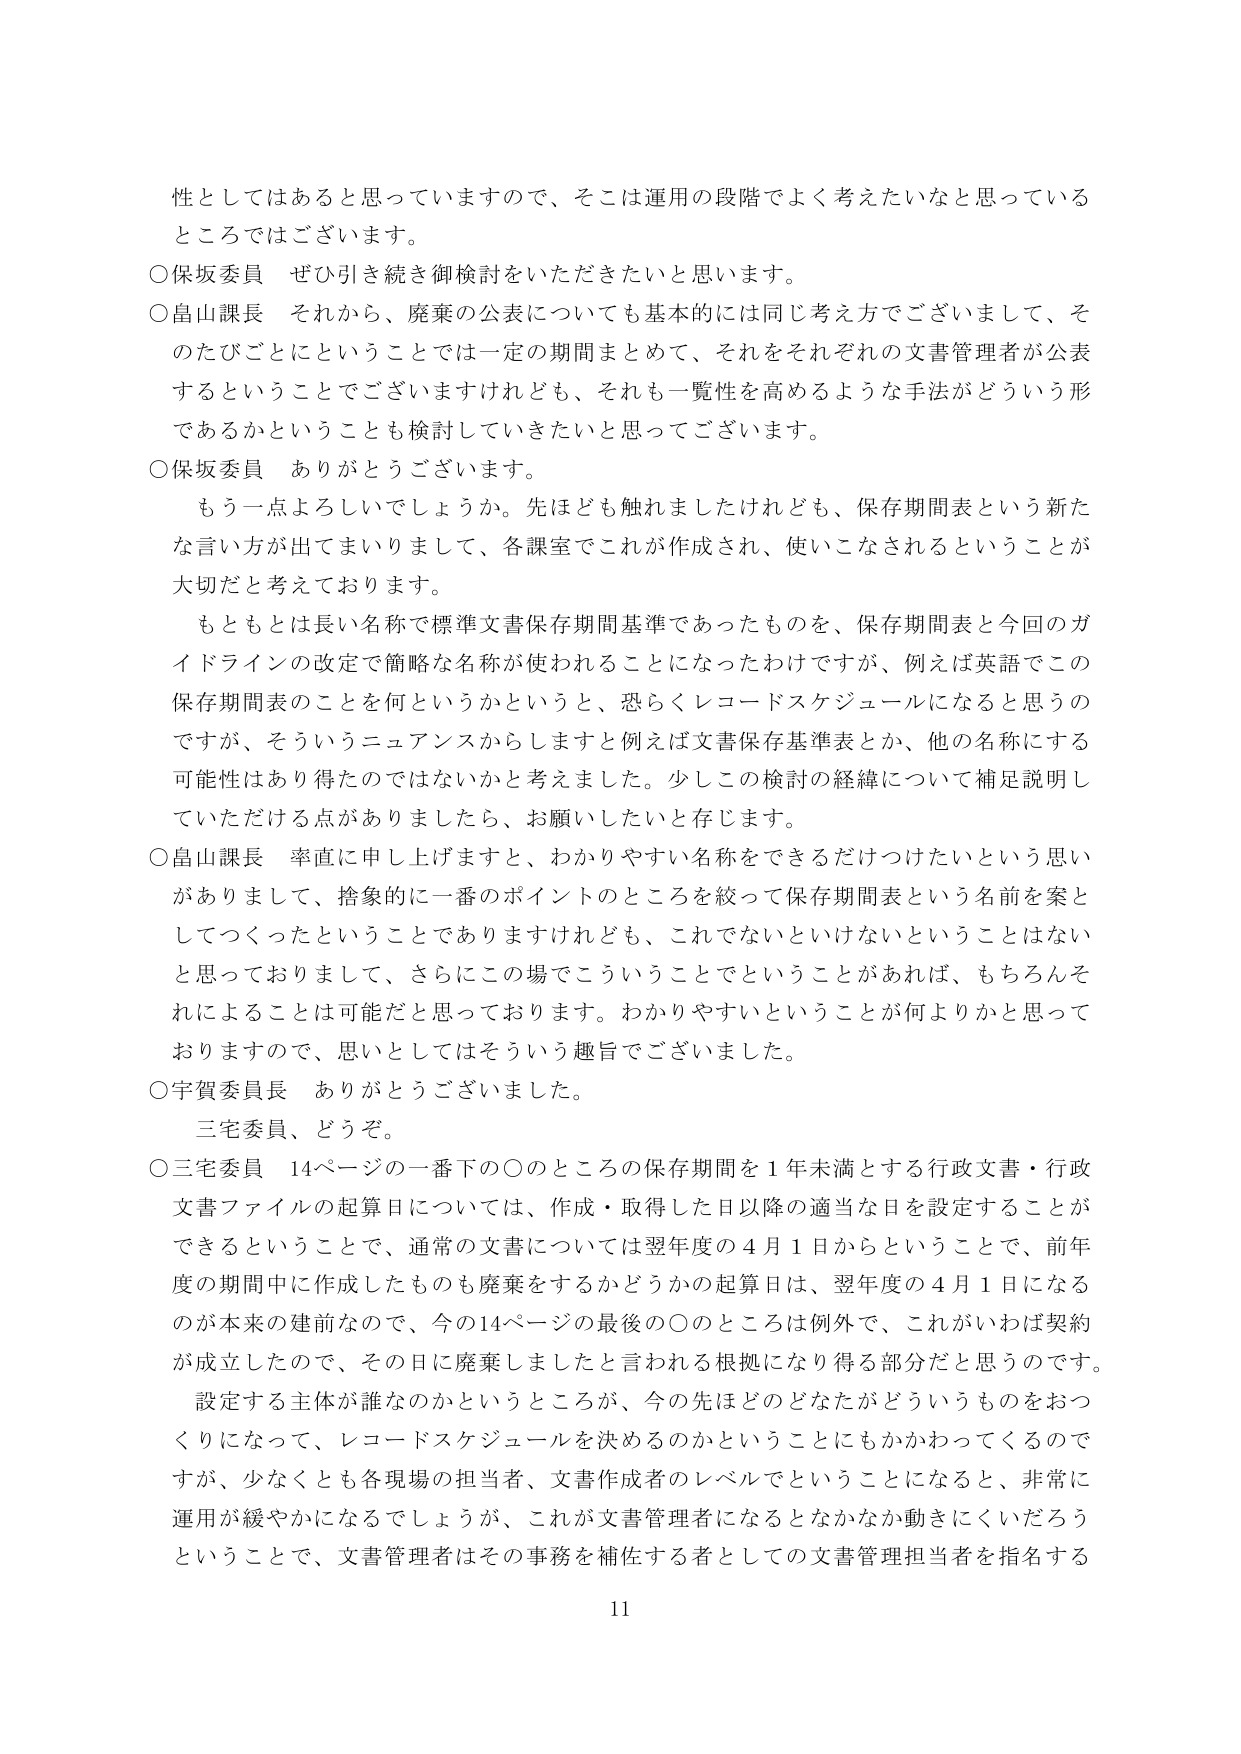
性としてはあると思っていますので、そこは運用の段階でよく考えたいなと思っているところではございます。

○保坂委員　ぜひ引き続き御検討をいただきたいと思います。

○畠山課長　それから、廃棄の公表についても基本的には同じ考え方でございまして、そのたびごとにというごとでは一定の期間まとめて、それをそれぞれの文書管理者が公表するということでございますけれども、それも一覧性を高めるような手法がどういう形であるかということも検討していきたいと思ってございます。

○保坂委員　ありがとうございます。

　もう一点よろしいでしょうか。先ほども触れましたけれども、保存期間表という新たな言い方が出てまいりまして、各課室でこれが作成され、使いこなされるということが大切だと考えております。

　もともとは長い名称で標準文書保存期間基準であったものを、保存期間表と今回のガイドラインの改定で簡略な名称が使われることになったわけですが、例えば英語でこの保存期間表のことを何というかというと、恐らくレコードスケジュールになると思うのですが、そういうニュアンスからしますと例えば文書保存基準表とか、他の名称にする可能性はあり得たのではないかと考えました。少しこの検討の経緯について補足説明していただける点がありましたら、お願いしたいと存じます。

○畠山課長　率直に申し上げますと、わかりやすい名称をできるだけつけたいという思いがありまして、捨象的に一番のポイントのところを絞って保存期間表という名前を案としてつくったということでありますけれども、これでないといけないということはないと思っておりまして、さらにこの場でこういうことでということがあれば、もちろんそれによることは可能だと思っております。わかりやすいということが何よりかと思っておりますので、思いとしてはそういう趣旨でございました。

○宇賀委員長　ありがとうございました。

　三宅委員、どうぞ。

○三宅委員　14ページの一番下の○のところの保存期間を1年未満とする行政文書・行政文書ファイルの起算日については、作成・取得した日以降の適当な日を設定することができるということで、通常の文書については翌年度の4月1日からということで、前年度の期間中に作成したものも廃棄をするかどうかの起算日は、翌年度の4月1日になるのが本来の建前なので、今の14ページの最後の○のところは例外で、これがいわば契約が成立したので、その日に廃棄しましたと言われる根拠になり得る部分だと思うのです。

　設定する主体が誰なのかというところが、今の先ほどどのどなたがどういうものをおつくりになって、レコードスケジュールを決めるのかということにもかかわってくるのですが、少なくとも各現場の担当者、文書作成者のレベルでということになると、非常に運用が緩やかになるでしょうが、これが文書管理者になるとなかなか動きにくいだろうということで、文書管理者はその事務を補佐する者としての文書管理担当者を指名する

11